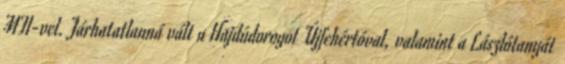
MTI-vel. Járhatatlanná vált a Hajdúdorogot Újfehértóval, valamint a Lászlótanyát